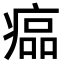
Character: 𤸔